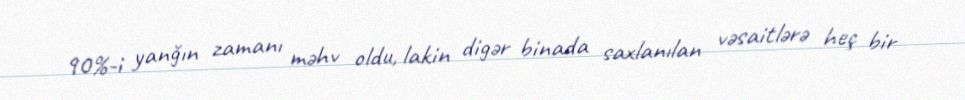
90%-i yanğın zamanı məhv oldu, lakin digər binada saxlanılan vəsaitlərə heç bir